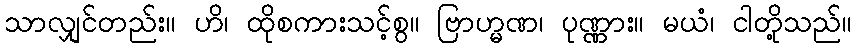
သာလျှင်တည်း။ ဟိ၊ ထိုစကားသင့်စွ။ ဗြာဟ္မဏ၊ ပုဏ္ဏား။ မယံ၊ ငါတို့သည်။